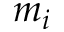
m _ { i }